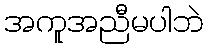
အကူအညီမပါဘဲ